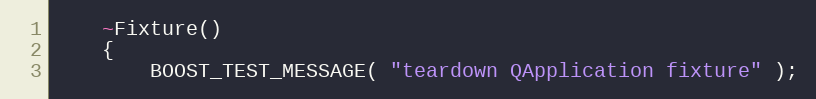
Language: C++
    ~Fixture()
    {
        BOOST_TEST_MESSAGE( "teardown QApplication fixture" );